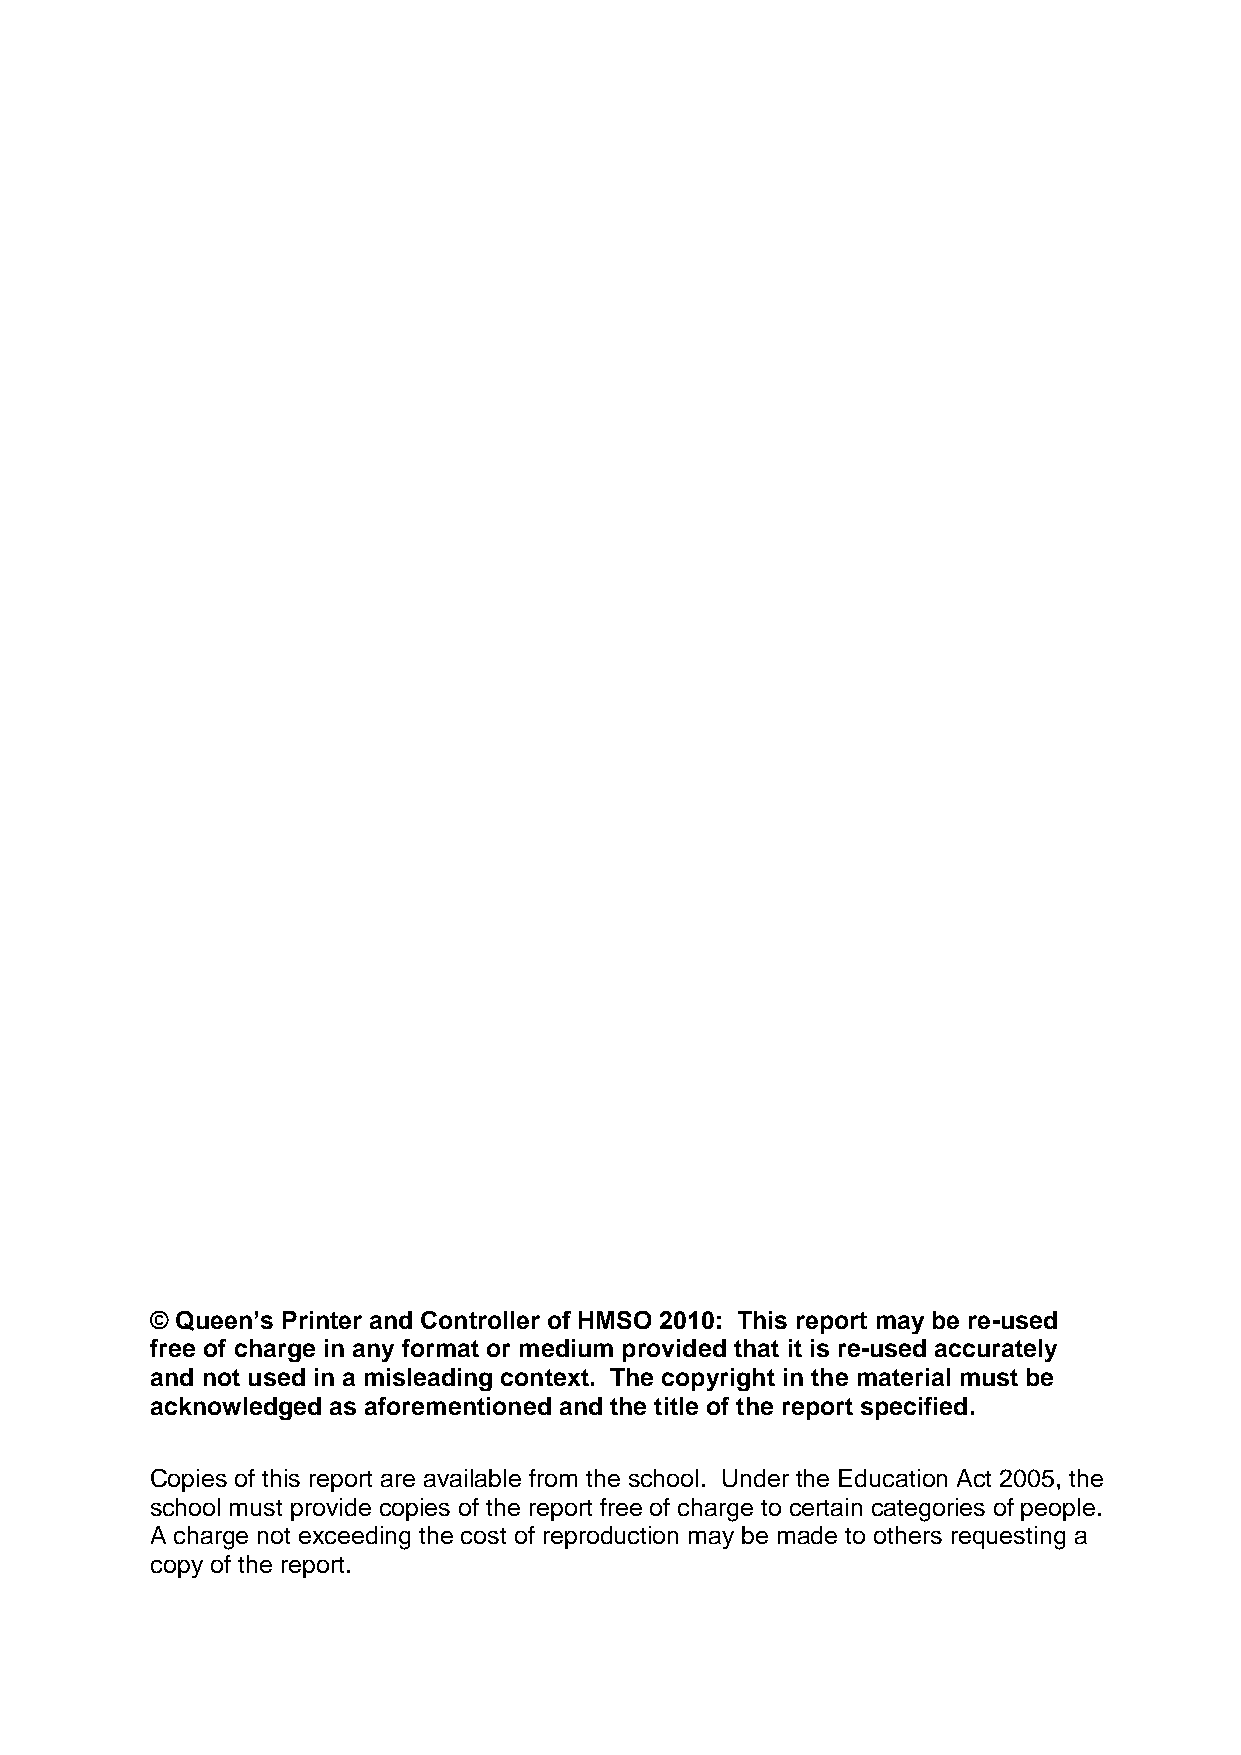
© Queen’s Printer and Controller of HMSO 2010: This report may be re-used
 free of charge in any format or medium provided that it is re-used accurately
 and not used in a misleading context. The copyright in the material must be
 acknowledged as aforementioned and the title of the report specified.
 Copies of this report are available from the school. Under the Education Act 2005, the
 school must provide copies of the report free of charge to certain categories of people.
 A charge not exceeding the cost of reproduction may be made to others requesting a
 copy of the report.